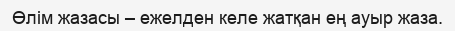
Өлім жазасы – ежелден келе жатқан ең ауыр жаза.